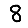
Digit: 8